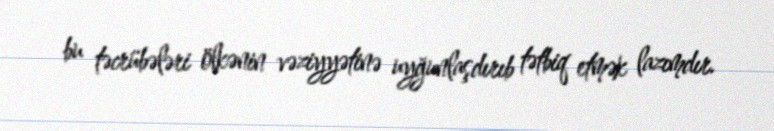
bu təcrübələri ölkənin vəziyyətinə uyğunlaşdırıb tətbiq etmək lazımdır.